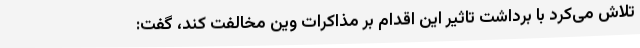
تلاش می‌کرد با برداشت تاثیر این اقدام بر مذاکرات وین مخالفت کند، گفت: